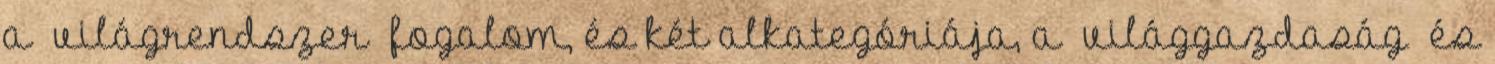
a »világrendszer« fogalom, és két alkategóriája, a »világgazdaság« és